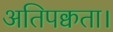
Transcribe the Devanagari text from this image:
अतिपक्वता।